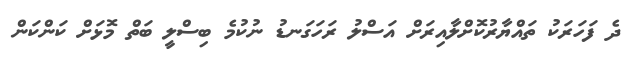
ދެ ފަހަރަކު ތައްޔާރުކޮށްލާއިރަށް އަސްލު ރަހަގަނޑު ނުކުމެ ބިސްލީ ބަތް މޮޅަށް ކަންކަން